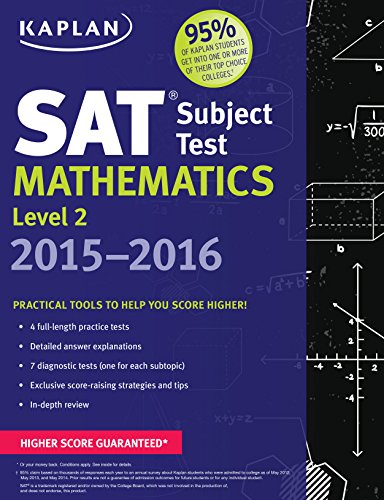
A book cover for Kaplan SAT Subject Test Mathematics Level 2 2015-2016 (Kaplan Test Prep); Kaplan; Test Preparation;